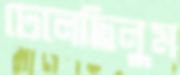
ঢেলেছিলুম